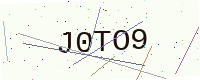
Text: J0TO9